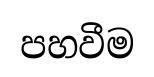
පහවීම